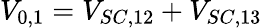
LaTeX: V_{0,1}=V_{SC,12}+V_{SC,13}